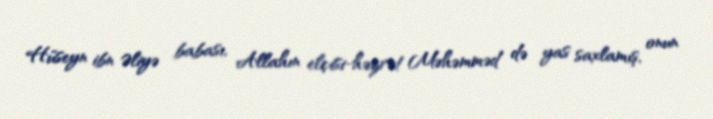
Hüseyn ibn Əliyə babası, Allahın elçisi-həzrət Məhəmməd də yas saxlamış, onun